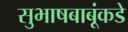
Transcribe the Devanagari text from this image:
सुभाषबाबूंकडे